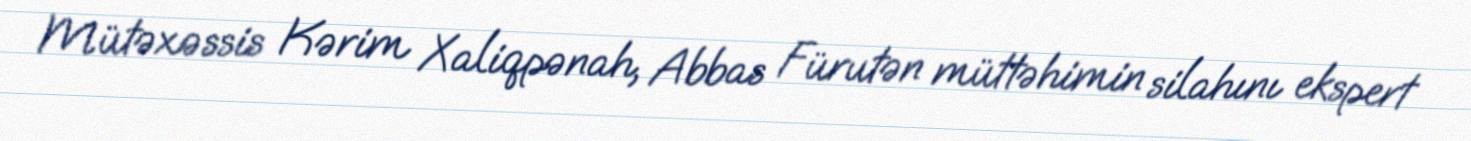
Mütəxəssis Kərim Xaliqpənah, Abbas Fürutən müttəhimin silahını ekspert